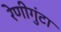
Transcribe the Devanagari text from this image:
रेणीगुंटा